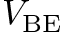
V _ { \mathrm { B E } }